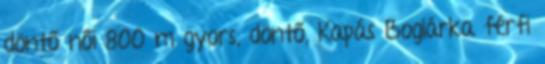
döntő női 800 m gyors, döntő, Kapás Boglárka férfi